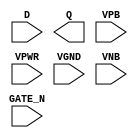
/**
 * Copyright 2020 The SkyWater PDK Authors
 *
 * Licensed under the Apache License, Version 2.0 (the "License");
 * you may not use this file except in compliance with the License.
 * You may obtain a copy of the License at
 *
 *     https://www.apache.org/licenses/LICENSE-2.0
 *
 * Unless required by applicable law or agreed to in writing, software
 * distributed under the License is distributed on an "AS IS" BASIS,
 * WITHOUT WARRANTIES OR CONDITIONS OF ANY KIND, either express or implied.
 * See the License for the specific language governing permissions and
 * limitations under the License.
 *
 * SPDX-License-Identifier: Apache-2.0
 */

`ifndef SKY130_FD_SC_HDLL__DLXTN_PP_SYMBOL_V
`define SKY130_FD_SC_HDLL__DLXTN_PP_SYMBOL_V

/**
 * dlxtn: Delay latch, inverted enable, single output.
 *
 * Verilog stub (with power pins) for graphical symbol definition
 * generation.
 *
 * WARNING: This file is autogenerated, do not modify directly!
 */

`timescale 1ns / 1ps
`default_nettype none

(* blackbox *)
module sky130_fd_sc_hdll__dlxtn (
    //# {{data|Data Signals}}
    input  D     ,
    output Q     ,

    //# {{clocks|Clocking}}
    input  GATE_N,

    //# {{power|Power}}
    input  VPB   ,
    input  VPWR  ,
    input  VGND  ,
    input  VNB
);
endmodule

`default_nettype wire
`endif  // SKY130_FD_SC_HDLL__DLXTN_PP_SYMBOL_V